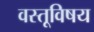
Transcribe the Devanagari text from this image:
वस्तूविषय